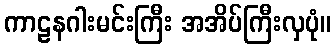
ကာဠနဂါးမင်းကြီး အအိပ်ကြီးလှပုံ။